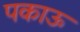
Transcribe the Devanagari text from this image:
पकाऊ